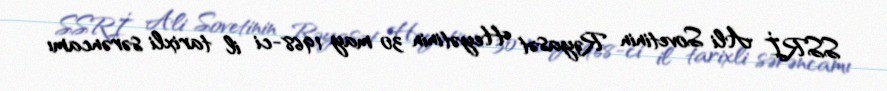
SSRİ Ali Sovetinin Rəyasət Heyətinin 30 may 1968-ci il tarixli sərəncamı